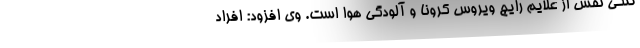
تنگی نفس از علایم رایج ویروس کرونا و آلودگی هوا است. وی افزود: افراد